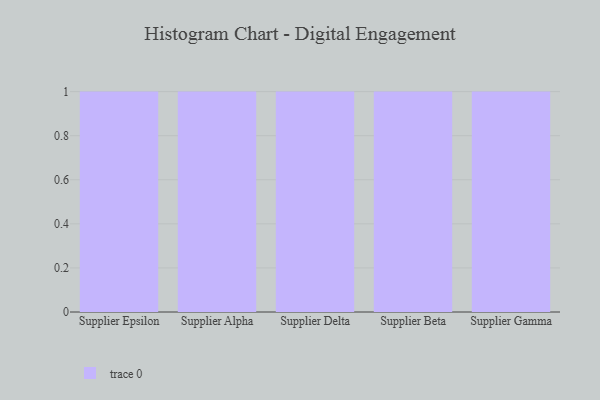
{"axis": {"x": "Supplier", "y": "Humidity (%)"}, "legend": [""], "data": [{"x": "Supplier Epsilon", "y": 64, "type": ""}, {"x": "Supplier Alpha", "y": 9, "type": ""}, {"x": "Supplier Delta", "y": 1, "type": ""}, {"x": "Supplier Beta", "y": 17, "type": ""}, {"x": "Supplier Gamma", "y": 25, "type": ""}]}